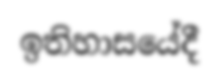
ඉතිහාසයේදී